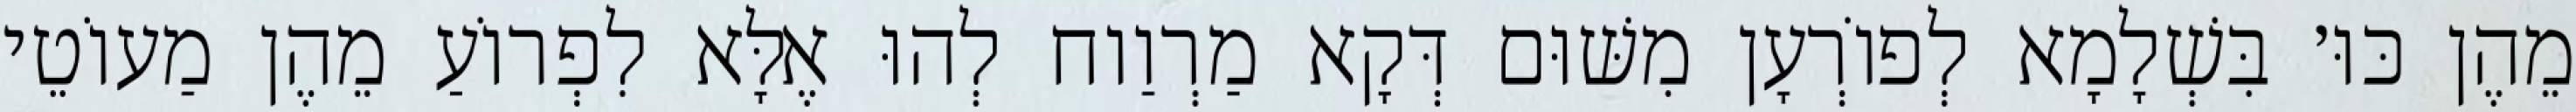
מֵהֶן כּוּ׳ בִּשְׁלָמָא לְפוֹרְעָן מִשּׁוּם דְּקָא מַרְוַוח לְהוּ אֶלָּא לִפְרוֹעַ מֵהֶן מַעוֹטֵי